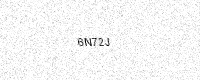
Text: 6N72J